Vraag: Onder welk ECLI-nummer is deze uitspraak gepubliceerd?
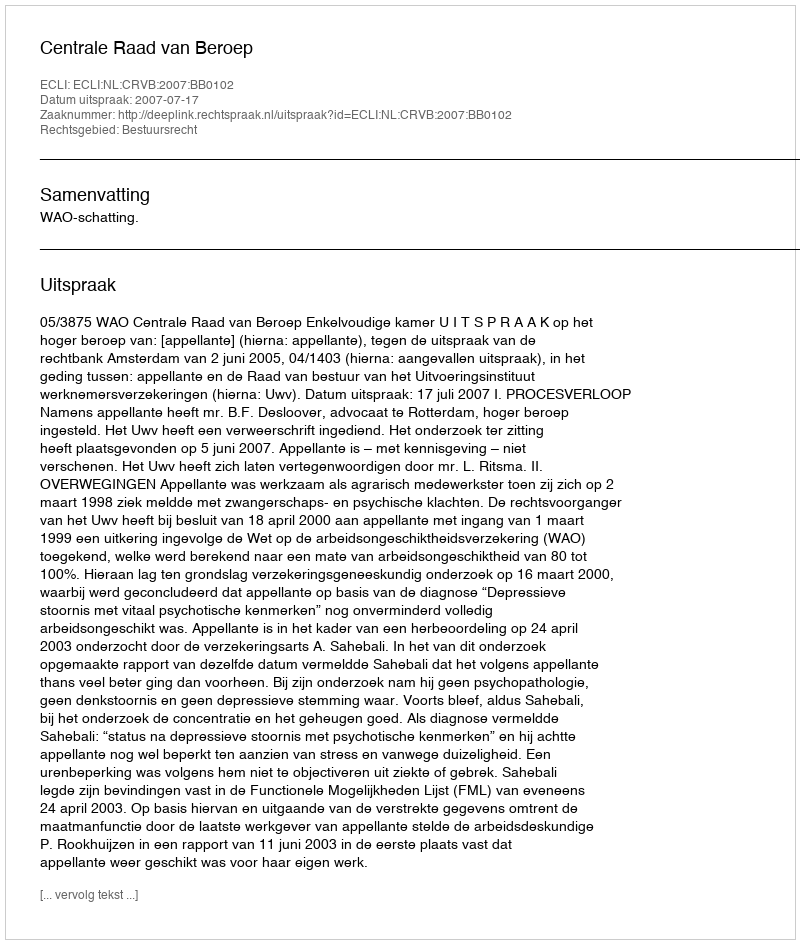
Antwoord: ECLI:NL:CRVB:2007:BB0102